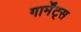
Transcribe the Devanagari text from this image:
गार्मेंट्स